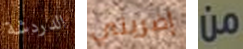
الدردشة إضربني من